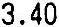
3.40